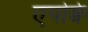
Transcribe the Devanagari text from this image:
एपोक्वे